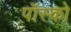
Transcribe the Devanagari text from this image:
पॉस्को